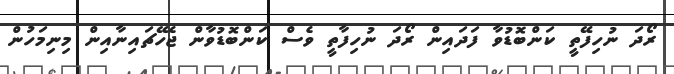
ރޯދަ ނުހިފޭތީ ކަންބޮޑުވާ ފަދައިން ރޯދަ ނުހިފާތީ ވެސް ކަންބޮޑުވާން ޖެހޭޗައިނާއިން މިނިމަހުން